Leprosy in India: report of the Leprosy Commission in India, 1890-91
Year: 1890
Disease focus: Leprosy
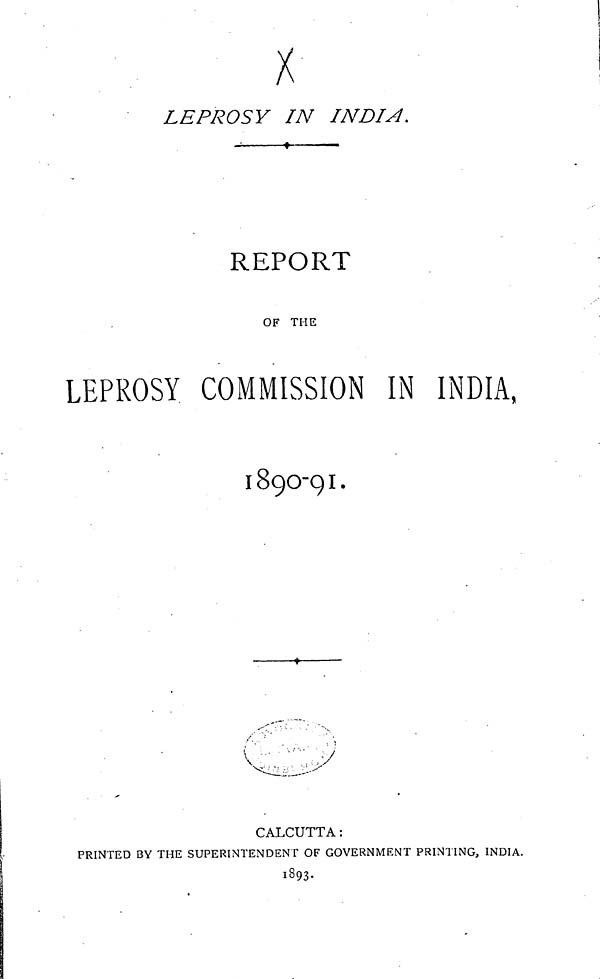
LEPROSY IN INDIA.
REPORT
OF THE
LEPROSY COMMISSION IN INDIA
1890-91.
CALCUTTA :
PRINTED BY THE SUPERINTENDENT OF GOVERNMENT PRINTING, INDIA.
1893.